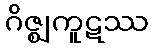
ဂိဇ္ဈကူဋဿ